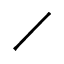
\diagup